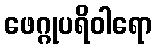
ဖေဂ္ဂုပရိဝါရော